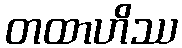
တထာဟိဿ